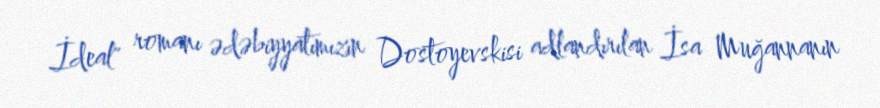
İdeal" romanı ədəbiyyatımızın Dostoyevskisi adlandırılan İsa Muğannanın